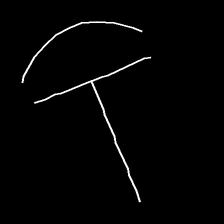
Glyph: dispersion